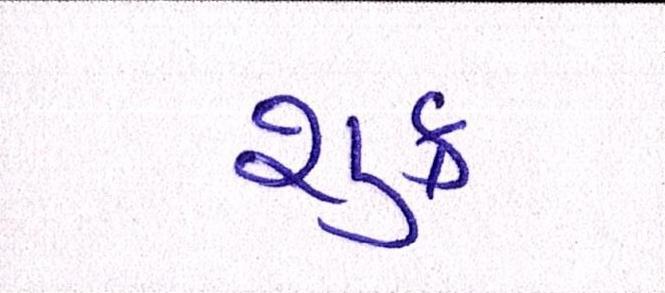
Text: શુક્ર